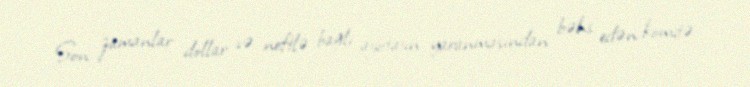
Son zamanlar dollar və neftlə bağlı ajiotajın yaranmasından bəhs edən komitə